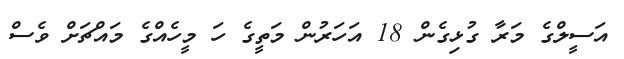
އަސީލްގެ މަރާ ގުޅިގެން 18 އަހަރުން މަތީގެ ހަ މީހެއްގެ މައްޗަށް ވެސް